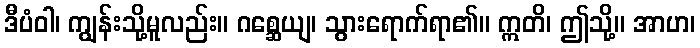
ဒီပံဝါ၊ ကျွန်းသို့မူလည်း။ ဂစ္ဆေယျ၊ သွားရောက်ရာ၏။ ဣတိ၊ ဤသို့။ အာဟ၊